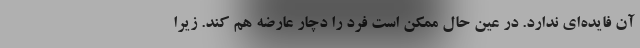
آن فایده‌ای ندارد. در عین حال ممکن است فرد را دچار عارضه هم کند. زیرا